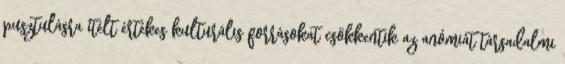
pusztulásra ítélt értékes kulturális forrásokat csökkentik az anómiát társadalmi